Medical and sanitary report of the native army of Bengal for the year
Year: 1878
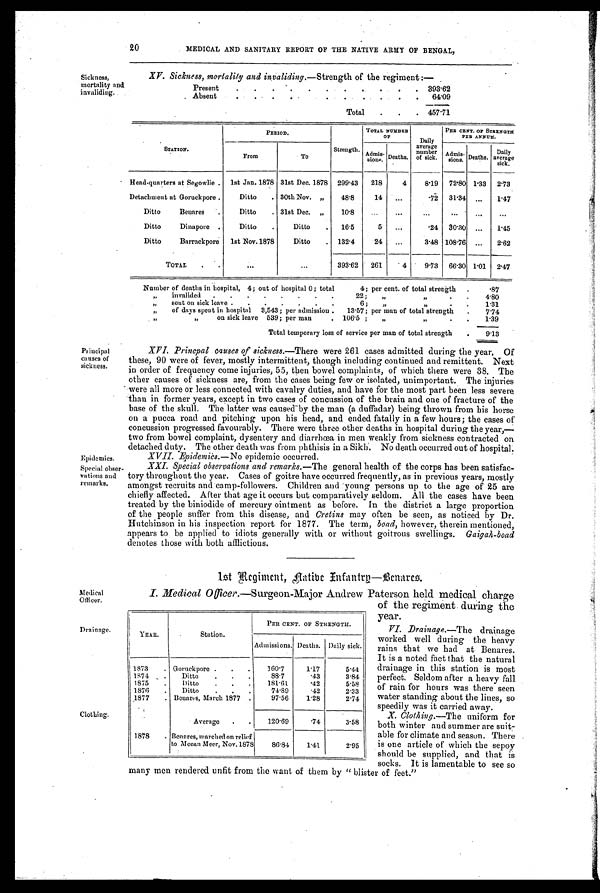
20
MEDICAL AND SANITARY REPORT OF THE NATIVE ARMY OF BENGAL,
Sickness,
mortality and
invaliding.
XV. Sickness, mortality and invalidin g . —Strength of the regiment
: —
Present
.
.
.
.
.
.
.
.
.
.
393.62
Absent
.
.
.
.
.
.
.
.
.
.
6 4 . 0 9
Total
.
.
. 457.71
STATION.
PERIOD.
Strength.
TOTAL NUMBER
OF
Daily
average
number
of sick.
PEE CENT. OF STRENGTH
PER ANNUM .
From
To
strength. Deaths.
Admis-
sions . Deaths.
Daily
average
sick.
Head-quarters at Segowlie. 1st Jan. 1878 31st Dec. 1878 299 .43
218
4
8.19
72.80 1.33
2.73
Detachment at Goruckpore.
Ditto
. 30th Nov. ,,
48.8
14
...
.72
31 .34 ...
1.47
Ditto
Benares
.
Ditto
. 31st Dec.
, ,
10.8
...
...
...
. . . ...
. . .
Ditto
Dinapore .
Ditto
.
Ditto
.
16.5
5
...
.24 30.30 ...
1.45
Ditto
Barrackpore 1st Nov.1878
Ditto
. 132.4
24
...
3.48 108.76 ...
2.62
TOTAL
.
...
...
393.62
261
4
9.73
66.30 1.01
2.47
Number of deaths in hospital, 4; out of hospital 0; total
4; per cent. of total strength
.
.87
,, invalided . . .
.
.
.
.
.
22;
„
, , .
.
4 . 8 0
, , s e n t o n s i c k l e a v e
..
. . . .
6;
,, , ,
. .
1.31
.
.
73
,, of days spent in hospital 3,543; per admission.
13 . 57; per man of total strength
.
7.74
„
on sick leave 539; per man
. 106.5;
„.
, , . .
1.39
Total temporary loss of service per man of total strength
.
9.13
Principal
causes of
sickness.
Epidemics.
Special obser
vations and
remarks.
Princpal causes of sickness. —There were 261 cases admitted during the year. Of
these, 90 were of fever, mostly intermittent, though including continued and remittent. Next
in order of frequency come injuries, 55, then bowel complaints, of which there were 38. The
other causes of sickness are, from the cases being few or isolated, unimportant. The injuries
were all more or less connected with cavalry duties, and have for the most part been less severe
than in former years, except in two cases of concussion of the brain and one of fracture of the
base of the skull. The latter was caused - by the man (a duffadar) being thrown from his horse
on a pucca road and pitching upon his head, and ended fatally in a few hours; the cases of
concussion progressed favourably. There were three other deaths in hospital during the year,—
two from bowel complaint, dysentery and diarrhœa in men weakly from sickness contracted on
detached duty. The other death was from phthisis in a Sikh. No death occurred out of hospital.
XVII. Epidemics. —No epidemic occurred.
XXI. Special observations and remarks. —The general health of the corps has been satisfac-
tory throughout the year. Cases of goitre have occurred frequently, as in previous years, mostly
amongst recruits and camp-followers. Children and young persons up to the age of 25 are
chiefly affected. After that age it occurs but comparatively seldom. All the cases have been
treated by the biniodide of mercury ointment as before. In the district a large proportion
of the people suffer from this disease, and Cretins may often be seen, as noticed by Dr.
Hutchinson in his inspection report for 1877. The term, boad, however, therein mentioned,
appears to be applied to idiots generally with or without goitrous swellings. Gaigah-boad
denotes those with both afflictions.
Medical
Officer.
Drainage.
Clothing.
1st Regiment, Native Infantry-Benares.
I. Medical Officer.—Surgeon-Major Andrew Paterson held medical charge
of the regiment during the
year.
VI. Drainage.—The drainage
worked well during the heavy
rains that we had at Benares.
It is a noted fact that the natural
drainage in this station is most
perfect. Seldom after a heavy fall
of rain for hours was there seen
water standing about the lines, so
speedily was it carried away.
X. Clothing. —The uniform for
both winter and summer are suit-
able for climate and season. There
is one article of which the sepoy
should be supplied, and that is
socks. It is lamentable to see so
many men rendered unfit from the want of them by " blister of feet."
YEAR.
Station.
PER CENT. OF STRENGTH.
Admissions. Deaths. Daily sick.
1873
. Goruckpore .
.
.
160.7
1.17
5.44
1874
.
Ditto
.
.
.
88.7
.43
3.84
1875
.
Ditto
. . .
181.61
.42
5.58
1876
.
Ditto
.
.
.
74.89
.42
2.33
1877
. Benares, March 1877
.
97.56
1.28
2.74
Average
.
.
120.69
.74
3.58
1878
. Benares, marched on relief
to Meean Meer, Nov.1878
86.84
1.41
2.95